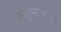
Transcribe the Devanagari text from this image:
रघुनाथगढ